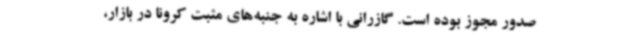
صدور مجوز بوده است. گازرانی با اشاره به جنبه‌های مثبت کرونا در بازار،